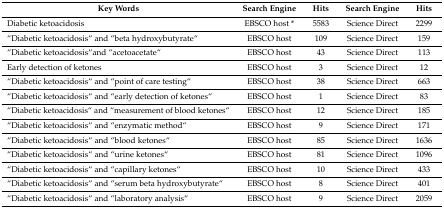
<table><thead><tr><td><b>Key Words</b></td><td><b>Search Engine</b></td><td><b>Hits</b></td><td><b>Search Engine</b></td><td><b>Hits</b></td></tr></thead><tbody><tr><td>Diabetic ketoacidosis</td><td>EBSCO host *</td><td>5583</td><td>Science Direct</td><td>2299</td></tr><tr><td>“Diabetic ketoacidosis“ and “beta hydroxybutyrate“</td><td>EBSCO host</td><td>109</td><td>Science Direct</td><td>159</td></tr><tr><td>“Diabetic ketoacidosis“and “acetoacetate“</td><td>EBSCO host</td><td>43</td><td>Science Direct</td><td>113</td></tr><tr><td>Early detection of ketones</td><td>EBSCO host</td><td>3</td><td>Science Direct</td><td>12</td></tr><tr><td>“Diabetic ketoacidosis“ and “point of care testing“</td><td>EBSCO host</td><td>38</td><td>Science Direct</td><td>663</td></tr><tr><td>“Diabetic ketoacidosis“ and “early detection of ketones“</td><td>EBSCO host</td><td>1</td><td>Science Direct</td><td>83</td></tr><tr><td>“Diabetic ketoacidosis“ and “measurement of blood ketones“</td><td>EBSCO host</td><td>12</td><td>Science Direct</td><td>185</td></tr><tr><td>“Diabetic ketoacidosis“ and “enzymatic method“</td><td>EBSCO host</td><td>9</td><td>Science Direct</td><td>171</td></tr><tr><td>“Diabetic ketoacidosis“ and “blood ketones“</td><td>EBSCO host</td><td>85</td><td>Science Direct</td><td>1636</td></tr><tr><td>“Diabetic ketoacidosis“ and “urine ketones“</td><td>EBSCO host</td><td>81</td><td>Science Direct</td><td>1096</td></tr><tr><td>“Diabetic ketoacidosis“ and “capillary ketones“</td><td>EBSCO host</td><td>10</td><td>Science Direct</td><td>433</td></tr><tr><td>“Diabetic ketoacidosis“ and “serum beta hydroxybutyrate“</td><td>EBSCO host</td><td>8</td><td>Science Direct</td><td>401</td></tr><tr><td>“Diabetic ketoacidosis“ and “laboratory analysis“</td><td>EBSCO host</td><td>9</td><td>Science Direct</td><td>2059</td></tr></tbody></table>